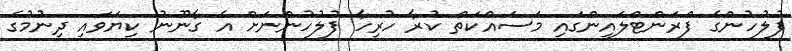
ފުލުހުންގެ ފްރަންޓްލައިންގައި މަސައްކަތް ކުރާ ހުރިހާ ފުލުހުންނަށް އެ ގާނޫނު ކިޔަވައި ދިނުމުގެ